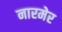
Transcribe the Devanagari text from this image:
नारमेर